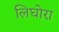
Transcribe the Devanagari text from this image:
लिघोरा